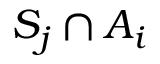
S _ { j } \cap A _ { i }